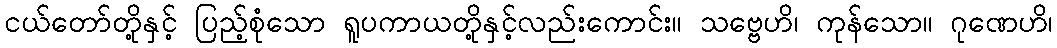
ငယ်တော်တို့နှင့် ပြည့်စုံသော ရူပကာယတို့နှင့်လည်းကောင်း။ သဗ္ဗေဟိ၊ ကုန်သော။ ဂုဏေဟိ၊